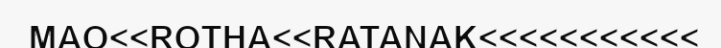
MAO<<ROTHA<<RATANAK<<<<<<<<<<<